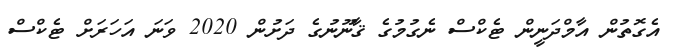
އެގޮތުން އާމްދަނީން ޓެކްސް ނެގުމުގެ ޤާނޫނުގެ ދަށުން 2020 ވަނަ އަހަރަށް ޓެކްސް